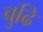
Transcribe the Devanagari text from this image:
बुढि